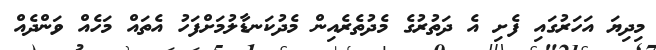
މިދިޔަ އަހަރުގައި ފެށި އެ ދަތުރުގެ މެދުތެރެއިން މެދުކަނޑާލުމަށްފަހު އެތައް މަހެއް ވަންދެއް